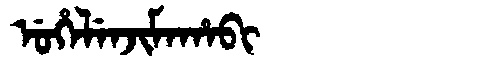
Manchu: ᡠᡥᡝᠯᡝᠨᠵᡳᠮᠠᡥᠠᠪᡳ
Romanization: UHELENJIMAHABI